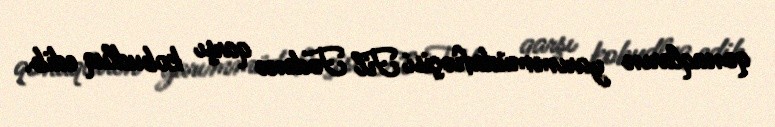
qonaqların yarımmüdafiəçisi Fil Fodenə qarşı kobudluq edib.